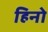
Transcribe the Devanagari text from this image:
हिनो